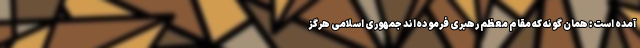
آمده است: همان گونه که مقام معظم رهبری فرموده‌اند جمهوری اسلامی هرگز